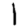
Digit: 1